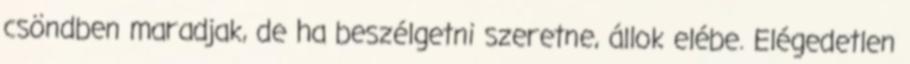
csöndben maradjak, de ha beszélgetni szeretne, állok elébe. Elégedetlen